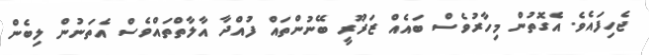
ޖެހިފައެވެ. އެގޮތުން މިހާރުވެސް ބައެއް ޒަރޫރީ ބޭނުންތައް ފުއްދާ އާލާތްތައްވެސް އެތަނުން ލިބެން